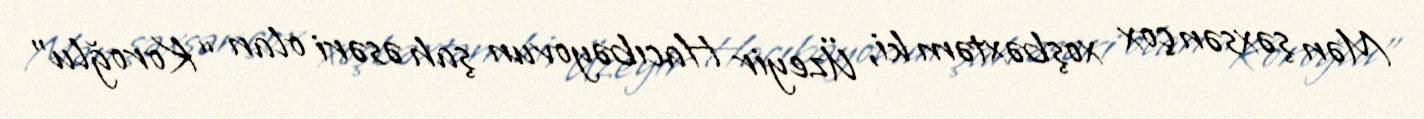
Mən şəxsən çox xoşbəxtəm ki, Üzeyir Hacıbəyovun şah əsəri olan “Koroğlu”